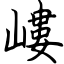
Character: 嶁